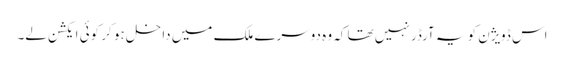
اس ڈویژن کو یہ آرڈر نہیں تھا کہ وہ دوسرے ملک میں داخل ہو کر کوئی ایکشن لے۔